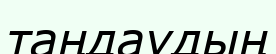
таңдаудың